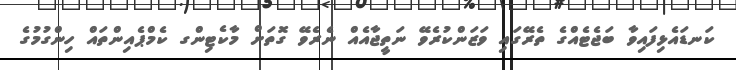
ކަނޑައެޅިފައިވާ ބަޖެޓެއްގެ ތެރޭގައި ވަޒަންކުރެވޭ ނަތީޖާއެއް ނެރެވޭ ގޮތަށް މާކެޓިންގ ކެމްޕެއިންތައް ހިންގުމުގެ